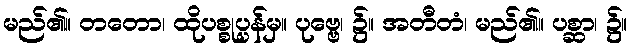
မည်၏။ တတော၊ ထိုပစ္စုပ္ပန်မှ။ ပုဗ္ဗေ၊ ၌။ အတီတံ၊ မည်၏။ ပစ္ဆာ၊ ၌။